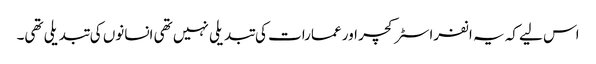
اس لیے کہ یہ انفراسٹرکچر اور عمارات کی تبدیلی نہیں تھی انسانوں کی تبدیلی تھی۔